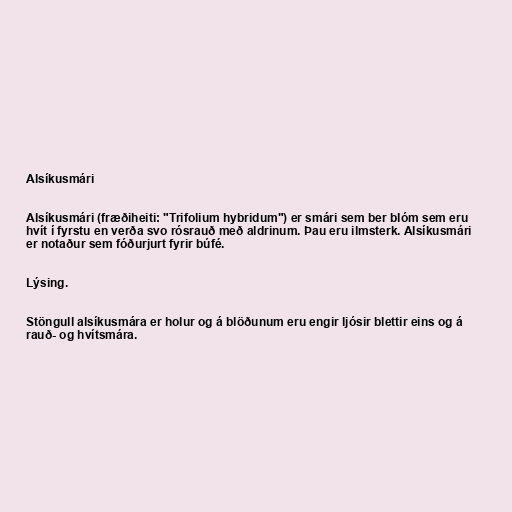
Alsíkusmári

Alsíkusmári (fræðiheiti: "Trifolium hybridum") er smári sem ber blóm sem eru
hvít í fyrstu en verða svo rósrauð með aldrinum. Þau eru ilmsterk. Alsíkusmári
er notaður sem fóðurjurt fyrir búfé.

Lýsing.

Stöngull alsíkusmára er holur og á blöðunum eru engir ljósir blettir eins og á
rauð- og hvítsmára.